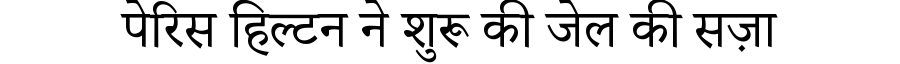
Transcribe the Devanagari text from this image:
पेरिस हिल्टन ने शुरू की जेल की सज़ा